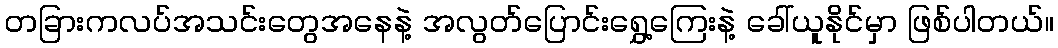
တခြားကလပ်အသင်းတွေအနေနဲ့ အလွတ်ပြောင်းရွှေ့ကြေးနဲ့ ခေါ်ယူနိုင်မှာ ဖြစ်ပါတယ်။